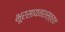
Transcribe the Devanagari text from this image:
भूरसायनशस्त्रात